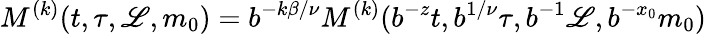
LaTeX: M^{(k)}(t,\tau,\mathscr{L},m_{0})=b^{-k\beta/\nu}M^{(k)}(b^{-z}t,b^{1/\nu}\tau,b^{-1}\mathscr{L},b^{-x_{0}}m_{0})